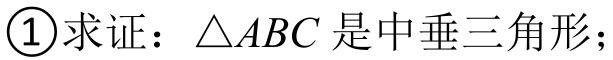
\textcircled{1}求证：$\triangle ABC$是中垂三角形；